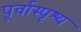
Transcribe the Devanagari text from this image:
पूर्वास्पृश्य